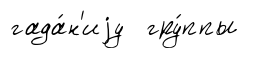
гада́н'иjу гру́ппы